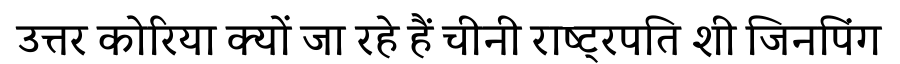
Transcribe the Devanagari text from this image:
उत्तर कोरिया क्यों जा रहे हैं चीनी राष्ट्रपति शी जिनपिंग